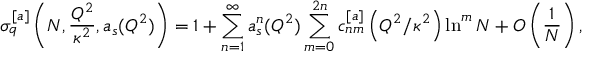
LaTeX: { \sigma } _ { q } ^ { [ a ] } \left( N , \frac { Q ^ { 2 } } { \kappa ^ { 2 } } , a _ { s } ( Q ^ { 2 } ) \right) = 1 + \sum _ { n = 1 } ^ { \infty } a _ { s } ^ { n } ( Q ^ { 2 } ) \sum _ { m = 0 } ^ { 2 n } c _ { n m } ^ { [ a ] } \left( { Q ^ { 2 } } / { \kappa ^ { 2 } } \right) \ln ^ { m } N + O \left( \frac { 1 } { N } \right) ,